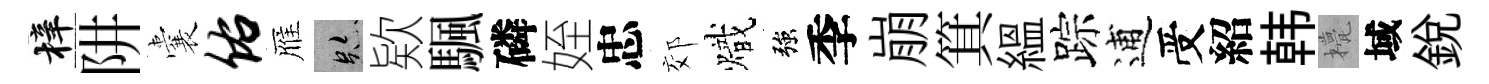
梓阱囊佑雁跡欵颿磷姪忠郊熾強季崩箕緼踪逋受紹韩甍域銳